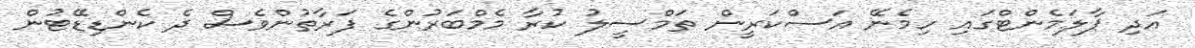
އަދި ޕާލަމެންޓްގައި ހިމެނޭ އަސްކަރީން ތަމްސީލު ކުރާ މެމްބަރުންގެ ފަރާތުންވެސް ދެ ކެންޑިޑޭޓުން